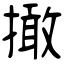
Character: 撖